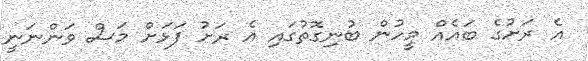
އެ ރަށުގެ ބައެއް މީހުން ބުނިގޮތުގައި އެ ރަށު ފަޅަށް މަސް ވަންނަނީ